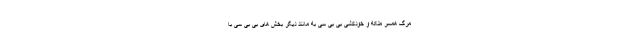
مرگ همسر ملکه و خودکشی بی بی سی به مانند دیگر بخش های بی بی سی با